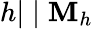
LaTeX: h|\mid\mathbf{M}_{h}